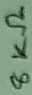
Text: 8KΩ